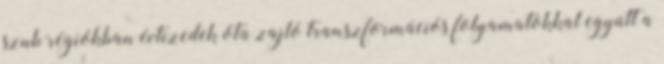
szub régiókban évtizedek óta zajló transzformációs folyamatokkal együtt a